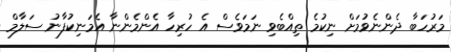
މަރުހަބާ ދެންނެވުމަށް ނިކުމެ ތިއްބެވި ނަމަވެސް އެ ހުރިހާ އެންމެންނާ އެމަނިކުފާނު ސަލާމް